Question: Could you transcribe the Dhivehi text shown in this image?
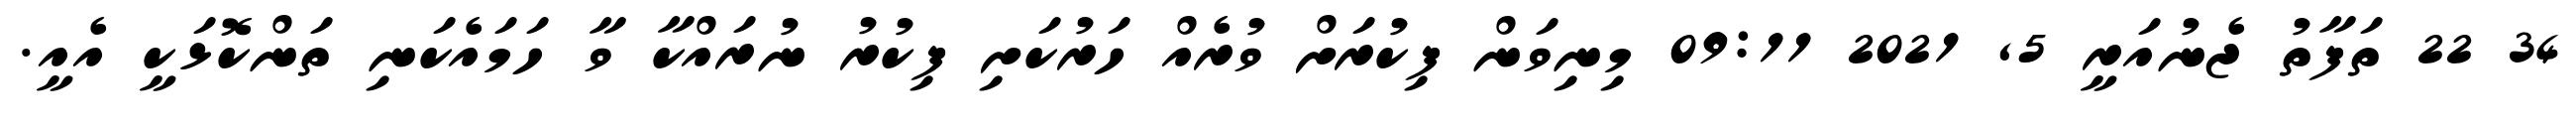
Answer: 34 22 ތަފާތު ޖެނުއަރީ 5, 2021 09:11 މިނިވަން ފިކުރަށް ވުރެއް ހަރުކަށި ފިކުރު ނުރައްކާ ވާ ހަމައެކަނި ތަންކޮޅަކީ އެއީ.